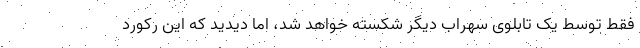
فقط توسط یک تابلوی سهراب دیگر شکسته خواهد شد، اما دیدید که این رکورد